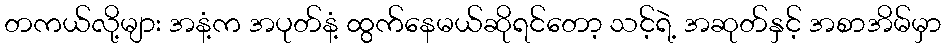
တကယ်လို့များ အနံ့က အပုတ်နံ့ ထွက်နေမယ်ဆိုရင်တော့ သင့်ရဲ့ အဆုတ်နှင့် အစာအိမ်မှာ